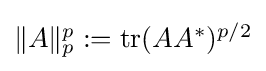
{\textstyle \|A\|_{p}^{p}:=\operatorname {tr} (AA^{*})^{p/2}}